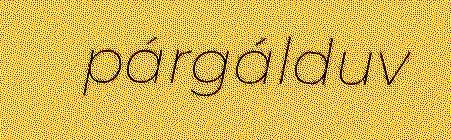
párgálduv